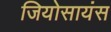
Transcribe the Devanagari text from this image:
जियोसायंस